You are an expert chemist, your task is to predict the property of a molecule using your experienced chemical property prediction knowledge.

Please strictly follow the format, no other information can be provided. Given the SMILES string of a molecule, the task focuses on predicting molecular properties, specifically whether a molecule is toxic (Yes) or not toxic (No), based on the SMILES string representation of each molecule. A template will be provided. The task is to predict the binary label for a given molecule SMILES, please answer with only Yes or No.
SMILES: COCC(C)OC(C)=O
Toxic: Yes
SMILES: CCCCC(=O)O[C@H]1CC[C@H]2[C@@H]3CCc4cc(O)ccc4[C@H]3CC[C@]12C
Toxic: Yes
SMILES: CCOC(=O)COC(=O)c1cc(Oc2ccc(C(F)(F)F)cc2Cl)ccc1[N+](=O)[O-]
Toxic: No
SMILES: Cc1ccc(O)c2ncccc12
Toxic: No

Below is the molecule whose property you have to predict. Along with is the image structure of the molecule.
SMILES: C/C(=N\NC(=O)Nc1cc(F)cc(F)c1)c1ncccc1C(=O)[O-]
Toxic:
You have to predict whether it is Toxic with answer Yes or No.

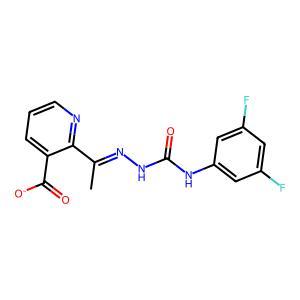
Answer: No